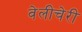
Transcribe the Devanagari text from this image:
वेलीचेरी